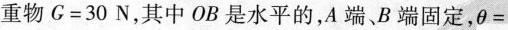
重物$$G = 3 0 N$$，其中OB是水平的，A端、B端固定，$$θ =$$